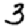
Digit: 3